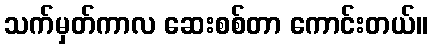
သက်မှတ်ကာလ ဆေးစစ်တာ ကောင်းတယ်။